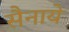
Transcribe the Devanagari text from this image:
सैनाये